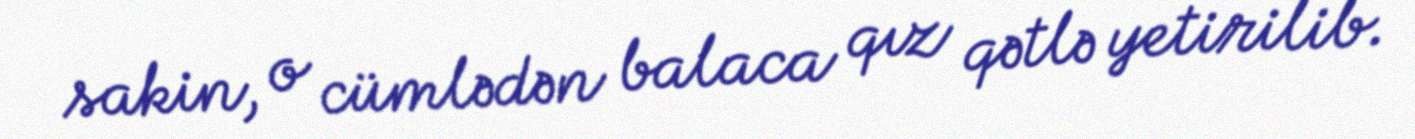
sakin, o cümlədən balaca qız qətlə yetirilib.